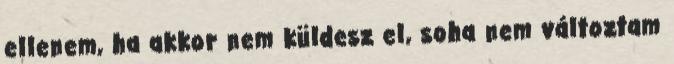
ellenem, ha akkor nem küldesz el, soha nem változtam